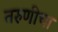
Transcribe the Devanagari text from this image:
तरुणीचा